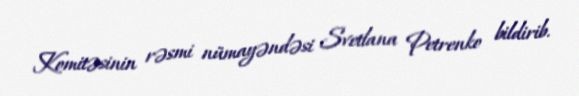
Komitəsinin rəsmi nümayəndəsi Svetlana Petrenko bildirib.